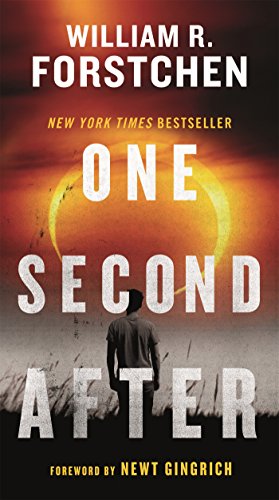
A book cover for One Second After; William R. Forstchen; Mystery, Thriller & Suspense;